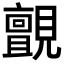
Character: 𮗞